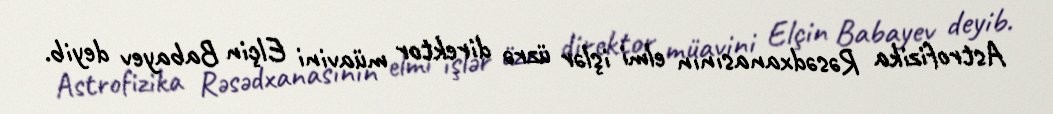
Astrofizika Rəsədxanasının elmi işlər üzrə direktor müavini Elçin Babayev deyib.